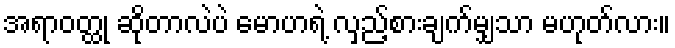
အရာဝတ္ထု ဆိုတာလဲပဲ မောဟရဲ့ လှည့်စားချက်မျှသာ မဟုတ်လား။